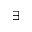
\exists